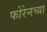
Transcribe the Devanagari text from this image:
फोरेनच्या